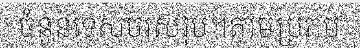
ចំនួនទេសចរសរុប។តាមប្រភប